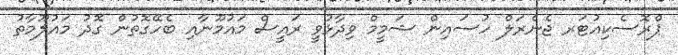
ޕްރޮސެކިއުޓަރ ޖެނެރަލް ހުސައިން ޝަމީމް ވިދާޅުވީ ރައީސް މައުމޫނާއި ބެހޭގޮތުން ގޮދު މައުލޫމާތު